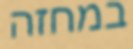
במחזה